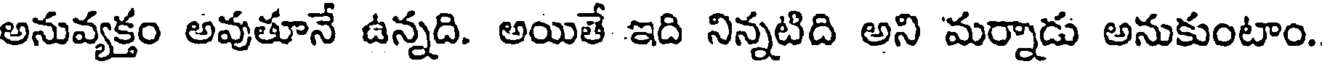
అనువ్యక్తం అవుతూనే ఉన్నది. అయితే ఇది నిన్నటిది అని మర్నాడు అనుకుంటాం.